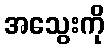
အသွေးကို